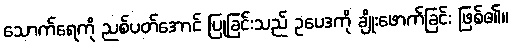
သောက်ရေကို ညစ်ပတ်အောင် ပြုခြင်းသည် ဥပေဒကို ချိုးဖောက်ခြင်း ဖြစ်၏။